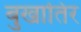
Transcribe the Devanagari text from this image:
बुखातिर